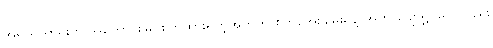
အရာရာတိုင်းကို အကောင်းမြင်စိတ်ထားရှိတဲ့အတွက် စိတ်အေးချမ်းမှုနဲ့ အတူ ပျော်ရွှင်မှုကိုလည်း